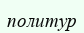
политур